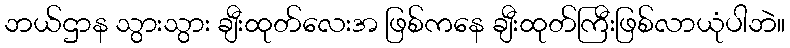
ဘယ်ဌာန သွားသွား ချီးထုတ်လေးအ ဖြစ်ကနေ ချီးထုတ်ကြီးဖြစ်လာယုံပါဘဲ။